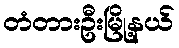
တံတားဦးမြို့နယ်